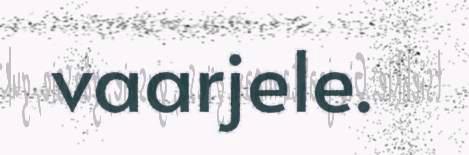
vaarjele.